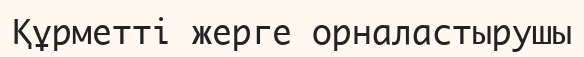
Құрметті жерге орналастырушы